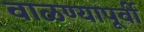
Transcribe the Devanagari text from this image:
वाळण्यापूर्वी